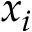
x _ { i }